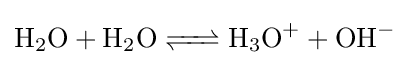
{\ce {H2O + H2O <=> H3O+ + OH-}}